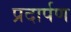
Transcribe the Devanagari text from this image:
प्रदार्पण